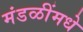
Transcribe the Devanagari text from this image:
मंडळींमधे